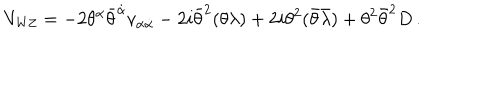
V _ { \mathrm { W Z } } = - 2 \theta ^ { \alpha } \bar { \theta } ^ { \dot { \alpha } } v _ { \alpha \dot { \alpha } } - 2 i \bar { \theta } ^ { 2 } ( \theta \lambda ) + 2 i \theta ^ { 2 } ( \bar { \theta } \bar { \lambda } ) + \theta ^ { 2 } \bar { \theta } ^ { 2 } D \, .